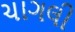
ચાગલી